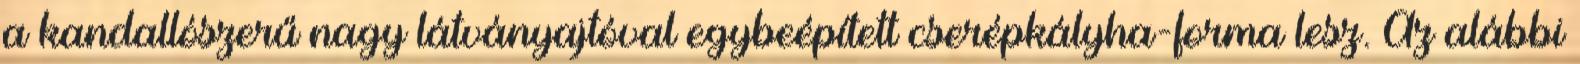
a kandallószerű nagy látványajtóval egybeépített cserépkályha-forma lesz. Az alábbi